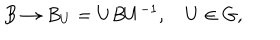
LaTeX: B \rightarrow B _ { U } = U B U ^ { - 1 } , \quad U \in G ,